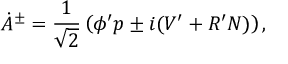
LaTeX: \dot { A } { } ^ { \pm } = \frac { 1 } { \sqrt { 2 } } \left( \phi ^ { \prime } p \pm i ( V ^ { \prime } + R ^ { \prime } N ) \right) ,